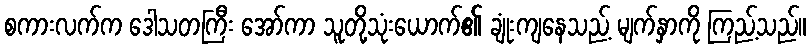
စကားလက်က ဒေါသတကြီး အော်ကာ သူတို့သုံးယောက်၏ ချုံးကျနေသည့် မျက်နှာကို ကြည့်သည်။